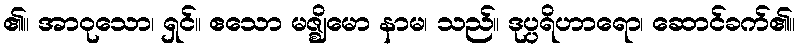
၏။ အာဝုသော၊ ရှင်။ ဧသော မဇ္ဈိမော နာမ၊ သည်။ ဒုပ္ပရိဟာရော၊ ဆောင်ခက်၏။